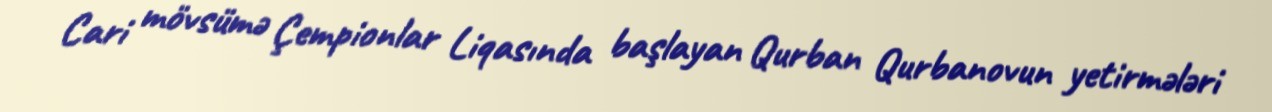
Cari mövsümə Çempionlar Liqasında başlayan Qurban Qurbanovun yetirmələri